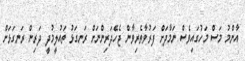
އާންމު މަސް މަހުގައިވެސް ނަމާދަށް ފަރުވާތެރިވާން ޖެހޭދަރިންނަށް ރަނގަޅު ތައުލީމުދީ ދަރިން ރަނގަޅަށް